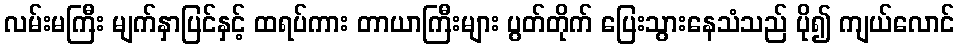
လမ်းမကြီး မျက်နှာပြင်နှင့် ထရပ်ကား တာယာကြီးများ ပွတ်တိုက် ပြေးသွားနေသံသည် ပို၍ ကျယ်လောင်